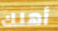
أهلك